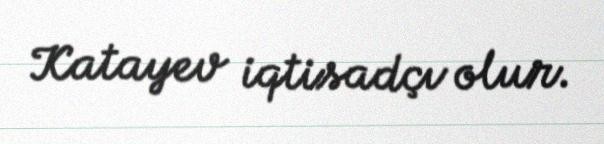
Katayev iqtisadçı olur.